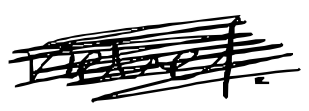
Text: novel.
Cross-out: scratch
Writing tool: digital_black